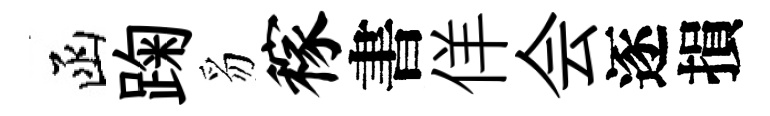
函踘豸稼書佯会逐損